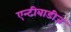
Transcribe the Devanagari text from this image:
एन्टीबाडीज